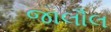
જાલૌલ